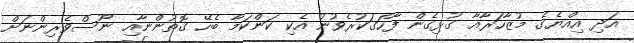
އަދި އިއްޔެގެ މުޒާހަރާއާ ގުޅިގެން ފާހަގަކުރެވުނު އެކި ކަންކަމާ ބެހޭ ގޮތުންނާއި ނޫސްވެރިންނަށް